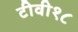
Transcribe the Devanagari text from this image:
टीवी१८